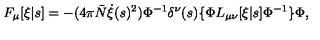
F _ { \mu } [ \xi | s ] = - ( 4 \pi { \bar { N } } \dot { \xi } ( s ) ^ { 2 } ) \Phi ^ { - 1 } \delta ^ { \nu } ( s ) \{ \Phi L _ { \mu \nu } [ \xi | s ] \Phi ^ { - 1 } \} \Phi ,